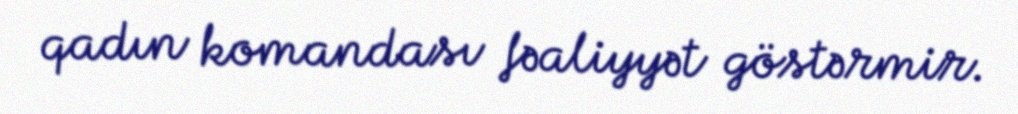
qadın komandası fəaliyyət göstərmir.